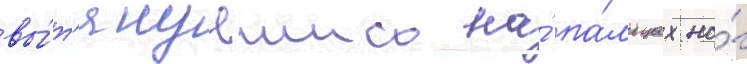
вы́т'янувшись на́ па́льцах но́г